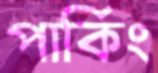
পার্কিং